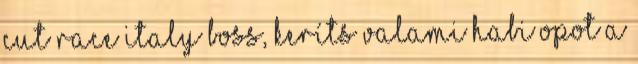
cut race ITALY BOSS, keríts valami habi Opot a